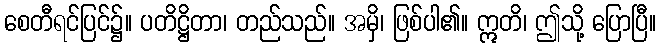
စေတီရင်ပြင်၌။ ပတိဋ္ဌိတာ၊ တည်သည်။ အမှိ၊ ဖြစ်ပါ၏။ ဣတိ၊ ဤသို့ ပြောပြီ။